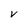
Character: V